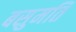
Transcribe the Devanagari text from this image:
बसुमति